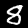
Label: 8